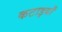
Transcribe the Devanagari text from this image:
कटाइयाँ